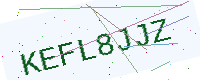
Text: KEFL8JJZ